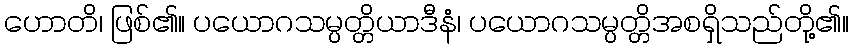
ဟောတိ၊ ဖြစ်၏။ ပယောဂသမ္ပတ္တိယာဒီနံ၊ ပယောဂသမ္ပတ္တိအစရှိသည်တို့၏။